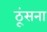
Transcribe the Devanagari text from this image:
ठूंसना